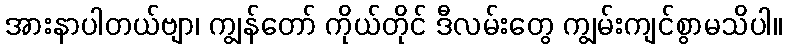
အားနာပါတယ်ဗျာ၊ ကျွန်တော် ကိုယ်တိုင် ဒီလမ်းတွေ ကျွမ်းကျင်စွာမသိပါ။